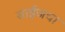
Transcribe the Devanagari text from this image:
साईजचा